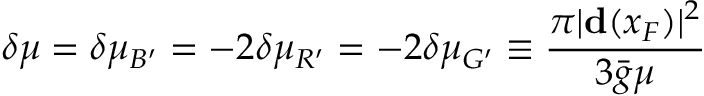
\delta \mu = \delta \mu _ { B ^ { \prime } } = - 2 \delta \mu _ { R ^ { \prime } } = - 2 \delta \mu _ { G ^ { \prime } } \equiv \frac { \pi | { \bf d } ( x _ { F } ) | ^ { 2 } } { 3 { \bar { g } } \mu }